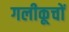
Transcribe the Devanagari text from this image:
गलीकूचों